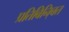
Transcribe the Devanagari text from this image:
प्रतिबिनि्बत